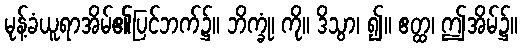
မုန့်ခံယူရာအိမ်၏ပြင်ဘက်၌။ ဘိက္ခုံ၊ ကို။ ဒိသွာ၊ ၍။ ဧတ္ထ၊ ဤအိမ်၌။